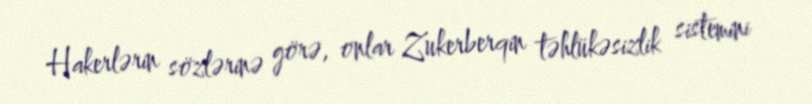
Hakerlərin sözlərinə görə, onlar Zukerberqin təhlükəsizlik sistemini